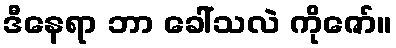
ဒီနေရာ ဘာ ခေါ်သလဲ ကိုဇော်။